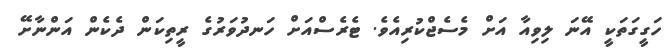
ހަގީގަތަކީ އޭނަ ލިވިއާ އަށް މެސެޖްކުރިއެވެ. ޓެރެސްއަށް ހަނދުވަރުގެ ރީތިކަން ދެކެން އަންނާށޭ